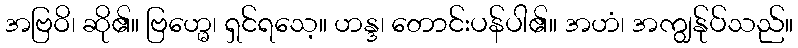
အဗြဝိ၊ ဆို၏။ ဗြဟ္မေ၊ ရှင်ရသေ့။ ဟန္ဒ၊ တောင်းပန်ပါ၏။ အဟံ၊ အကျွန်ုပ်သည်။